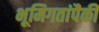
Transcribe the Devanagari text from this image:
भूमिगतांपैकी